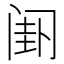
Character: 𬮯